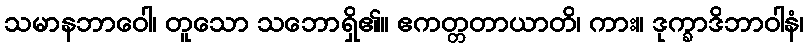
သမာနဘာဝေါ၊ တူသော သဘောရှိ၏။ ဧကတ္တတာယာတိ၊ ကား။ ဒုက္ခာဒိဘာဝါနံ၊